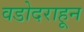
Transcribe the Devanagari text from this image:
वडोदराहून